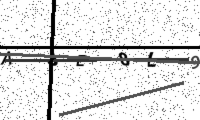
Text: AJE8L9